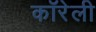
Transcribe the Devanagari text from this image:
कॉरेली